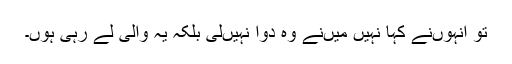
تو انہوں‌نے کہا نہیں میں‌نے وہ دوا نہیں‌لی بلکہ یہ والی لے رہی ہوں۔